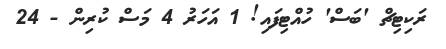
ރަކިޓިޗް 'ބަސް' ހުއްޓިފައި! 1 އަހަރު 4 މަސް ކުރިން - 24